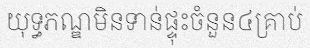
យុទ្ធភណ្ឌមិនទាន់ផ្ទុះចំនួន៤គ្រាប់